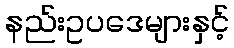
နည်းဥပဒေများနှင့်